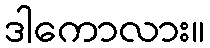
ဒါကောလား။